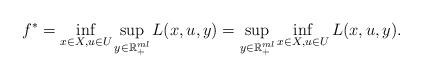
LaTeX: \begin{align*} f^*=\inf_{x \in X, u \in U} \sup_{y \in \mathbb{R}^{ml}_{+}} L(x,u,y)=\sup_{y \in \mathbb{R}^{ml}_{+}} \inf_{x \in X,u \in U} L(x,u,y).\end{align*}